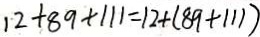
1 2 + 8 9 + 1 1 1 = 1 2 + ( 8 9 + 1 1 1 )